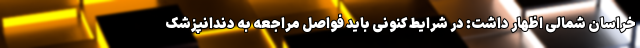
خراسان شمالی اظهار داشت: در شرایط کنونی باید فواصل مراجعه به دندانپزشک